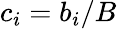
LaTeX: c_{i}=b_{i}/B